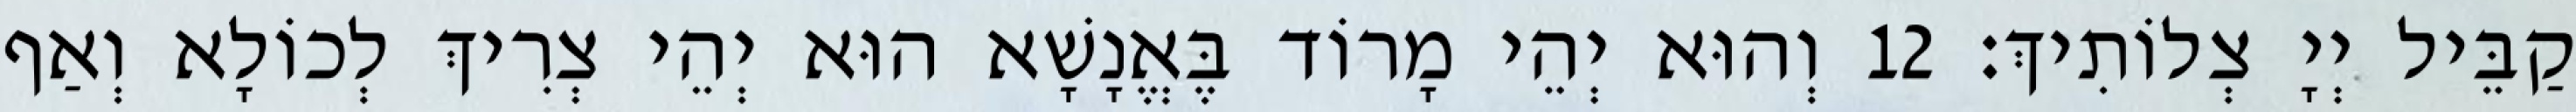
קַבֵּיל יְיָ צְלוֹתִיךְ׃ 12 וְהוּא יְהֵי מָרוֹד בֶּאֱנָשָׁא הוּא יְהֵי צְרִיךְ לְכוֹלָא וְאַף